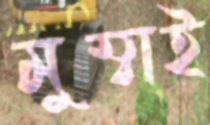
মুম্বাই